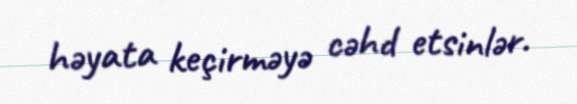
həyata keçirməyə cəhd etsinlər.